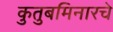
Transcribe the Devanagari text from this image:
कुतुबमिनारचे